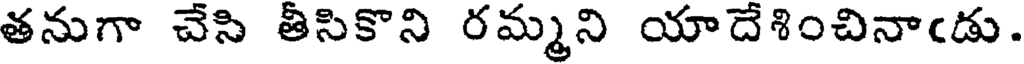
తనుగా చేసి తీసికొని రమ్మని యాదేశించినాఁడు.